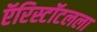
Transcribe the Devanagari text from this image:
ऍरिस्टॉटलला